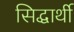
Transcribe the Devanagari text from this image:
सिद्धार्थी